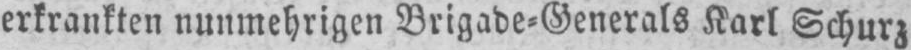
erkrankten nunmehrigen Brigade⸗Generals Karl Schurz